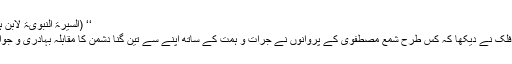
‘‘ (السیرۃ النبویۃ لابن ہشام، 1 : 615)
اور پھر چشمانِ فلک نے دیکھا کہ کس طرح شمع مصطفوی کے پروانوں نے جرات و ہمت کے ساتھ اپنے سے تین گنا دشمن کا مقابلہ بہادری و جوانمردی سے کیا۔